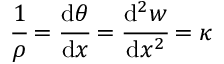
{ \cfrac { 1 } { \rho } } = { \cfrac { \mathrm { d } \theta } { \mathrm { d } x } } = { \cfrac { \mathrm { d } ^ { 2 } w } { \mathrm { d } x ^ { 2 } } } = \kappa